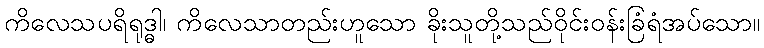
ကိလေသပရိရုဒ္ဓါ၊ ကိလေသာတည်းဟူသော ခိုးသူတို့သည်ဝိုင်းဝန်းခြံရံအပ်သော။